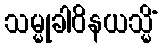
သမ္မုခါဝိနယသ္မိံ